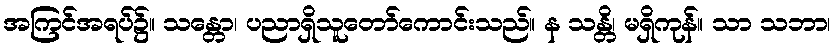
အကြင်အရပ်၌။ သန္တော၊ ပညာရှိသူတော်ကောင်းသည်။ န သန္တိ၊ မရှိကုန်။ သာ သဘာ၊